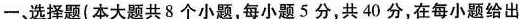
一、选择题（本大题共8个小题，每小题5分，共40分，在每小题给出